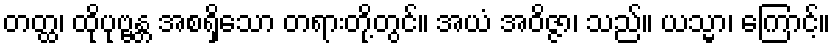
တတ္ထ၊ ထိုပုဗ္ဗန္တ အစရှိသော တရားတို့တွင်။ အယံ အဝိဇ္ဇာ၊ သည်။ ယသ္မာ၊ ကြောင့်။